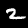
Digit: 2